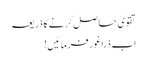
تقویٰ حاصل کرنے کا ذریعہ
اب ذراغور فرمائیں!